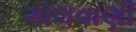
ગોલવાણી